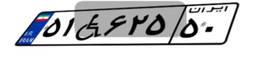
۵۱W۶۲۵۵۰